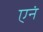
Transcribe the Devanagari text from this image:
एनं